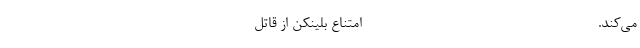
می‌کند. -------------------------------------- امتناع بلینکن از قاتل